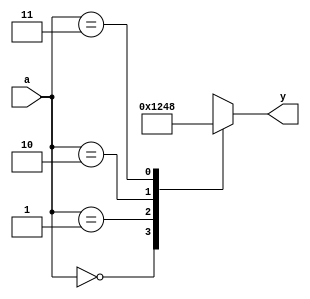
module decoder2x4(output [3:0] y, input [1:0] a);
    function [3:0] d2x4(input [1:0] c);
        case(a)
            0:  d2x4 = 1;
            1:  d2x4 = 2;
            2:  d2x4 = 4;
            3:  d2x4 = 8;
            default:    d2x4 = 4'bx;
        endcase
    endfunction

    assign y = d2x4(a);
endmodule